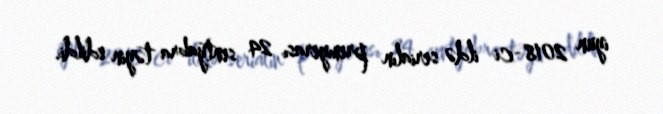
iyun 2018-ci ildə serialın premyerası 24 sentyabra təyin edildi.